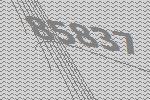
85837